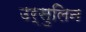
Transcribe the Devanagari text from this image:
उर्सुलिन